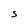
Character: S